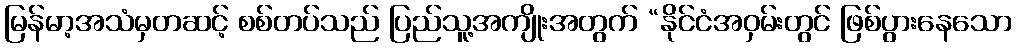
မြန်မာ့အသံမှတဆင့် စစ်တပ်သည် ပြည်သူ့အကျိုးအတွက် “နိုင်ငံအဝှမ်းတွင် ဖြစ်ပွားနေသော